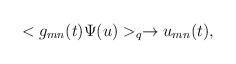
\begin{align*}<g_{mn}(t)\Psi(u)>_q \rightarrow u_{mn}(t),\end{align*}